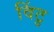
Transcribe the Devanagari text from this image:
विंटु